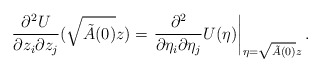
\begin{align*}\frac{\partial^{2}U}{\partial z_{i}\partial z_{j}}(\sqrt{\tilde{A}(0)}z)=\left. \frac{\partial^{2}}{\partial\eta_{i}\partial\eta_{j}}U(\eta)\right\vert _{\eta=\sqrt{\tilde{A}(0)}z}.\end{align*}